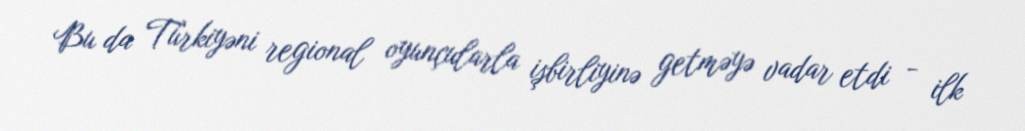
Bu da Türkiyəni regional oyunçularla işbirliyinə getməyə vadar etdi - ilk